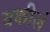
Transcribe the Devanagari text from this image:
वकीलं